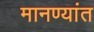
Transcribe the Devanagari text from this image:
मानण्यांत